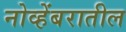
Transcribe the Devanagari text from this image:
नोव्हेंबरातील